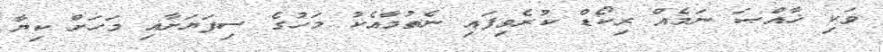
ވަކި ޚާއްޞަ ނަމެއް ރިކޯޑް ކުރެވިފައި ނެތުމާއެކު މަހުގެ ސިފަޔަށާއި މަހަށް ކިޔާ